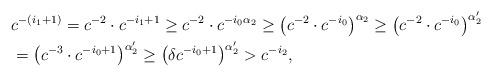
LaTeX: \begin{align*}&c^{-(i_1+1)}=c^{-2}\cdot c^{-i_1+1}\geq c^{-2}\cdot c^{-i_0\alpha_2} \geq \left(c^{-2}\cdot c^{-i_0}\right)^{\alpha_2}\geq \left(c^{-2}\cdot c^{-i_0}\right)^{\alpha_2'}\\ &= \left(c^{-3}\cdot c^{-i_0+1}\right)^{\alpha_2'} \geq \left(\delta c^{-i_0+1}\right)^{\alpha_2'}> c^{-i_2},\end{align*}